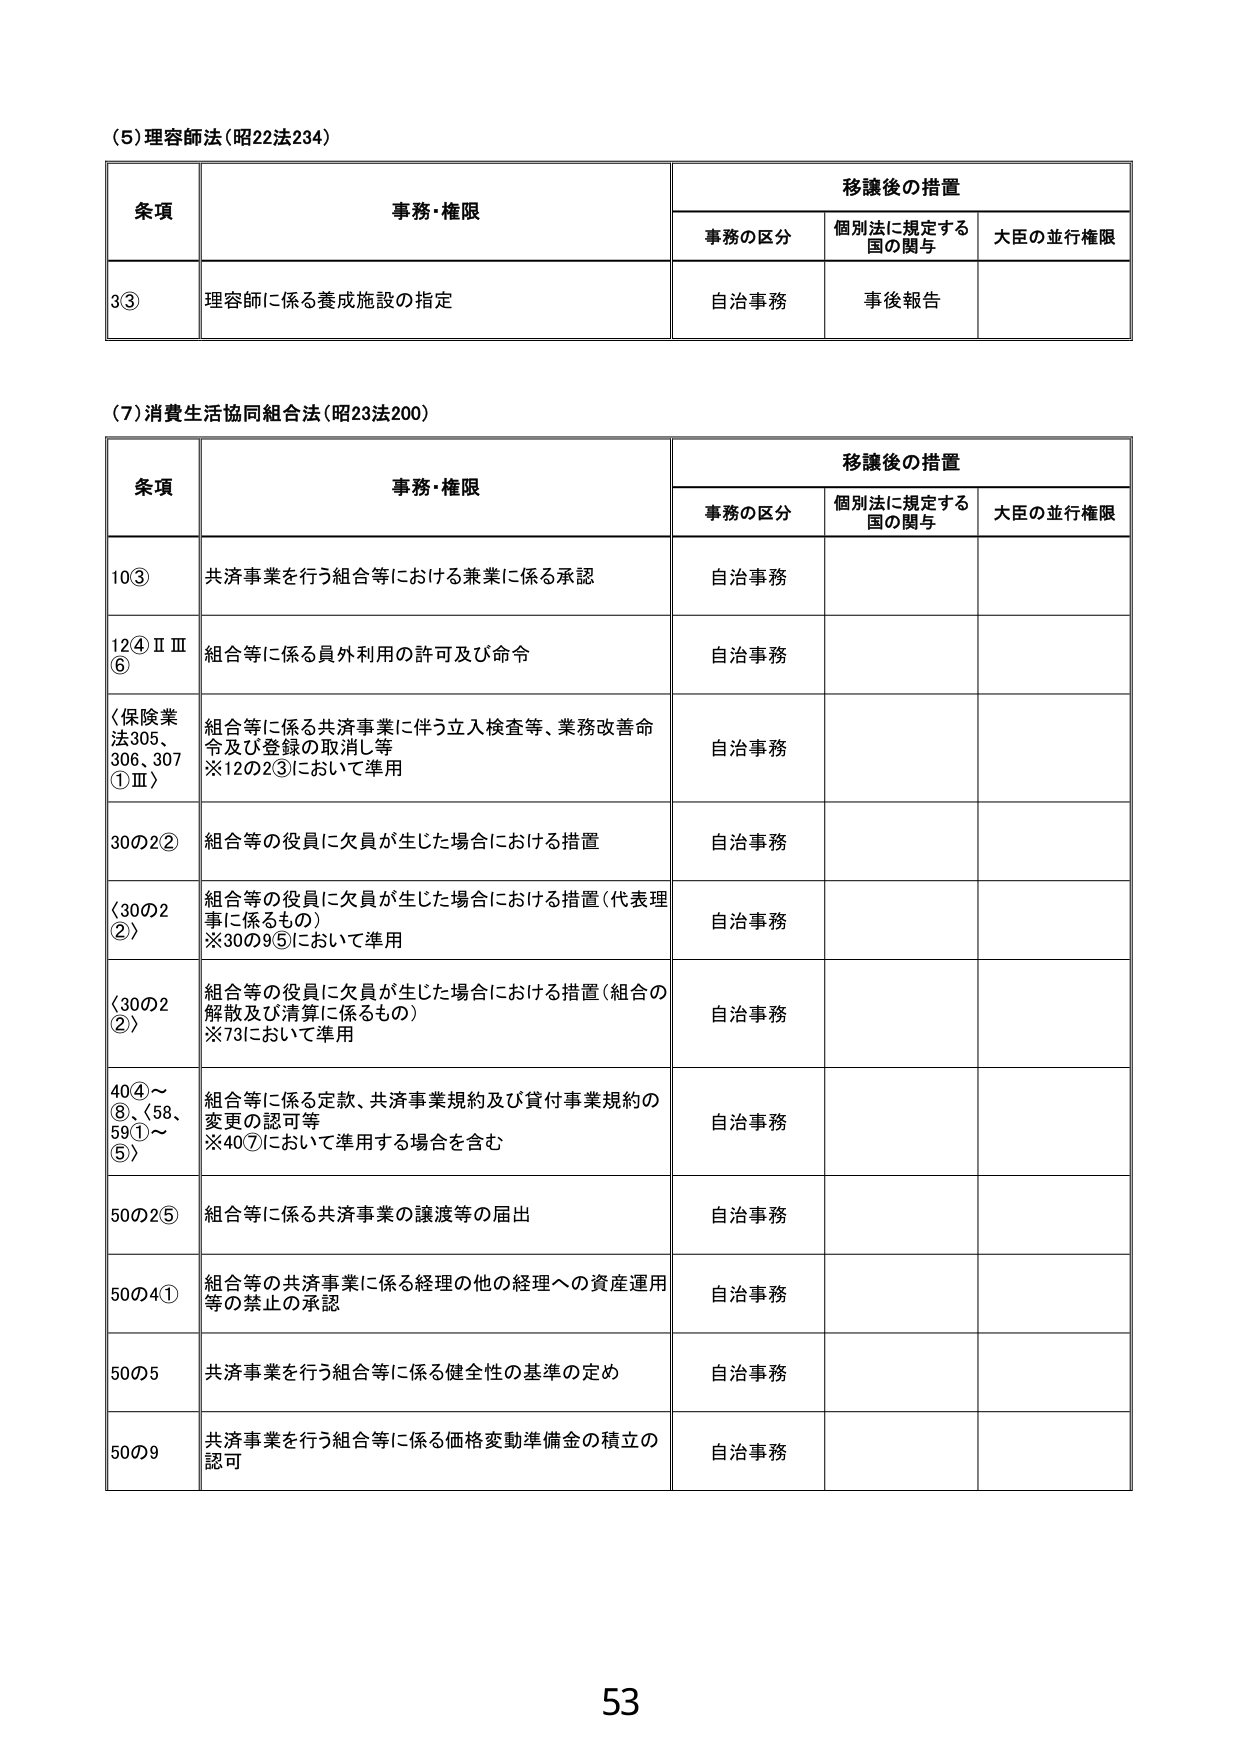
(5) 理容師法（昭22法234）

条項 事務・権限 移譲後の措置
　　事務の区分 個別法に規定する国の関与 大臣の並行権限
3③ 理容師に係る養成施設の指定 自治事務 事後報告

(7) 消費生活協同組合法（昭23法200）

条項 事務・権限 移譲後の措置
　　事務の区分 個別法に規定する国の関与 大臣の並行権限
10③ 共済事業を行う組合等における兼業に係る承認 自治事務
12④ⅡⅢ⑥ 組合等に係る員外利用の許可及び命令 自治事務
〈保険業法305、306、307①Ⅲ〉 組合等に係る共済事業に伴う立入検査等、業務改善命令及び登録の取消し等
※12の2③において準用 自治事務
30の2② 組合等の役員に欠員が生じた場合における措置 自治事務
〈30の2②〉 組合等の役員に欠員が生じた場合における措置（代表理事に係るもの）
※30の9⑤において準用 自治事務
〈30の2②〉 組合等の役員に欠員が生じた場合における措置（組合の解散及び清算に係るもの）
※73において準用 自治事務
40④～⑧、58、59①～⑤〉 組合等に係る定款、共済事業規約及び貸付事業規約の変更の認可等
※40⑦において準用する場合を含む 自治事務
50の2⑤ 組合等に係る共済事業の譲渡等の届出 自治事務
50の4① 組合等の共済事業に係る経理の他の経理への資産運用等の禁止の承認 自治事務
50の5 共済事業を行う組合等に係る健全性の基準の定め 自治事務
50の9 共済事業を行う組合等に係る価格変動準備金の積立の認可 自治事務

53